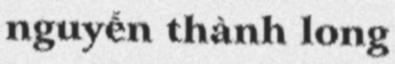
nguyễn thành long